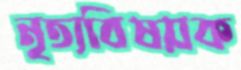
নৃত্যবিষয়ক